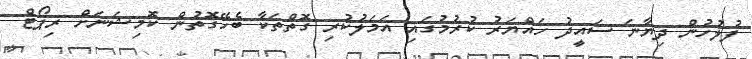
ފުލުހުން ދިޔާނަ ސައީދު ހައްޔަރު ކުރުމުގައި އަމަލުކުރި ގޮތްތަކާ ބެހޭގޮތުން ކޮމިޝަނަށް ރިޕޯޓް